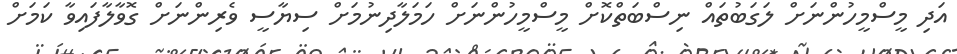
އަދި މީސްމީހުންނަށް ލަގަބުތައް ނިސްބަތްކޮށް މީސްމީހުންނަށް ހަމަލާދިނުމަށް ސިޔާސީ ވެރިންނަށް ގޮވާލާފައިވާ ކަމަށް